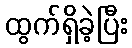
ထွက်ရှိခဲ့ပြီး